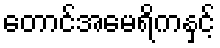
တောင်အမေရိကနှင့်